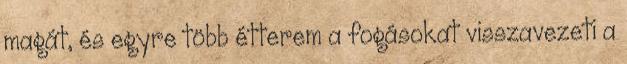
magát, és egyre több étterem a fogásokat visszavezeti a